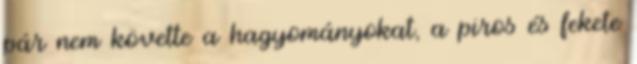
pár nem követte a hagyományokat, a piros és fekete